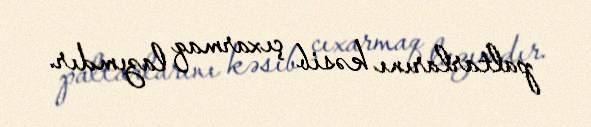
paltarlarını kəsib çıxarmaq lazımdır.